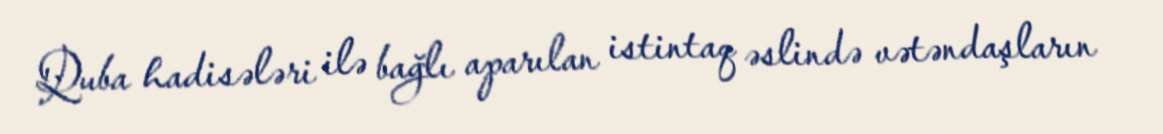
Quba hadisələri ilə bağlı aparılan istintaq əslində vətəndaşların